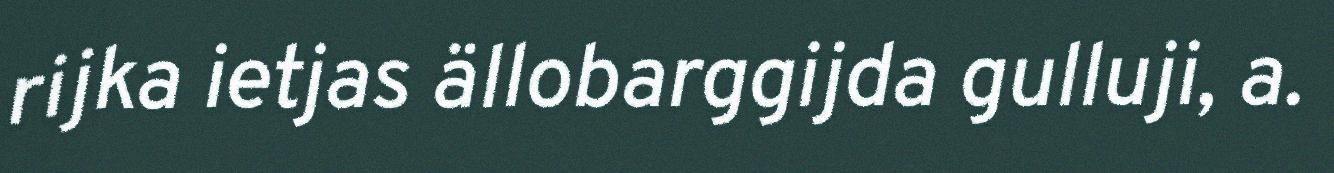
rijka ietjas ällobarggijda gulluji, a.